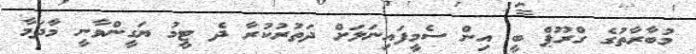
މުބާރާތުގެ ގްރޫޕް ބީ އިން ސެމީފައިނަލަށް ދަތުރުކުރާ ދެ ޓީމު ޔަގީންވާނީ މާދަމާ